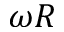
\omega R